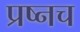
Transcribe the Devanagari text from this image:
प्रष्नच